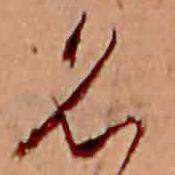
名